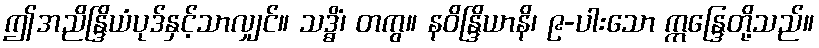
ဤအညိန္ဒြိယံပုဒ်နှင့်သာလျှင်။ သဒ္ဓိံ၊ တကွ။ နဝိန္ဒြိယာနိ၊ ၉-ပါးသော ဣန္ဒြေတို့သည်။